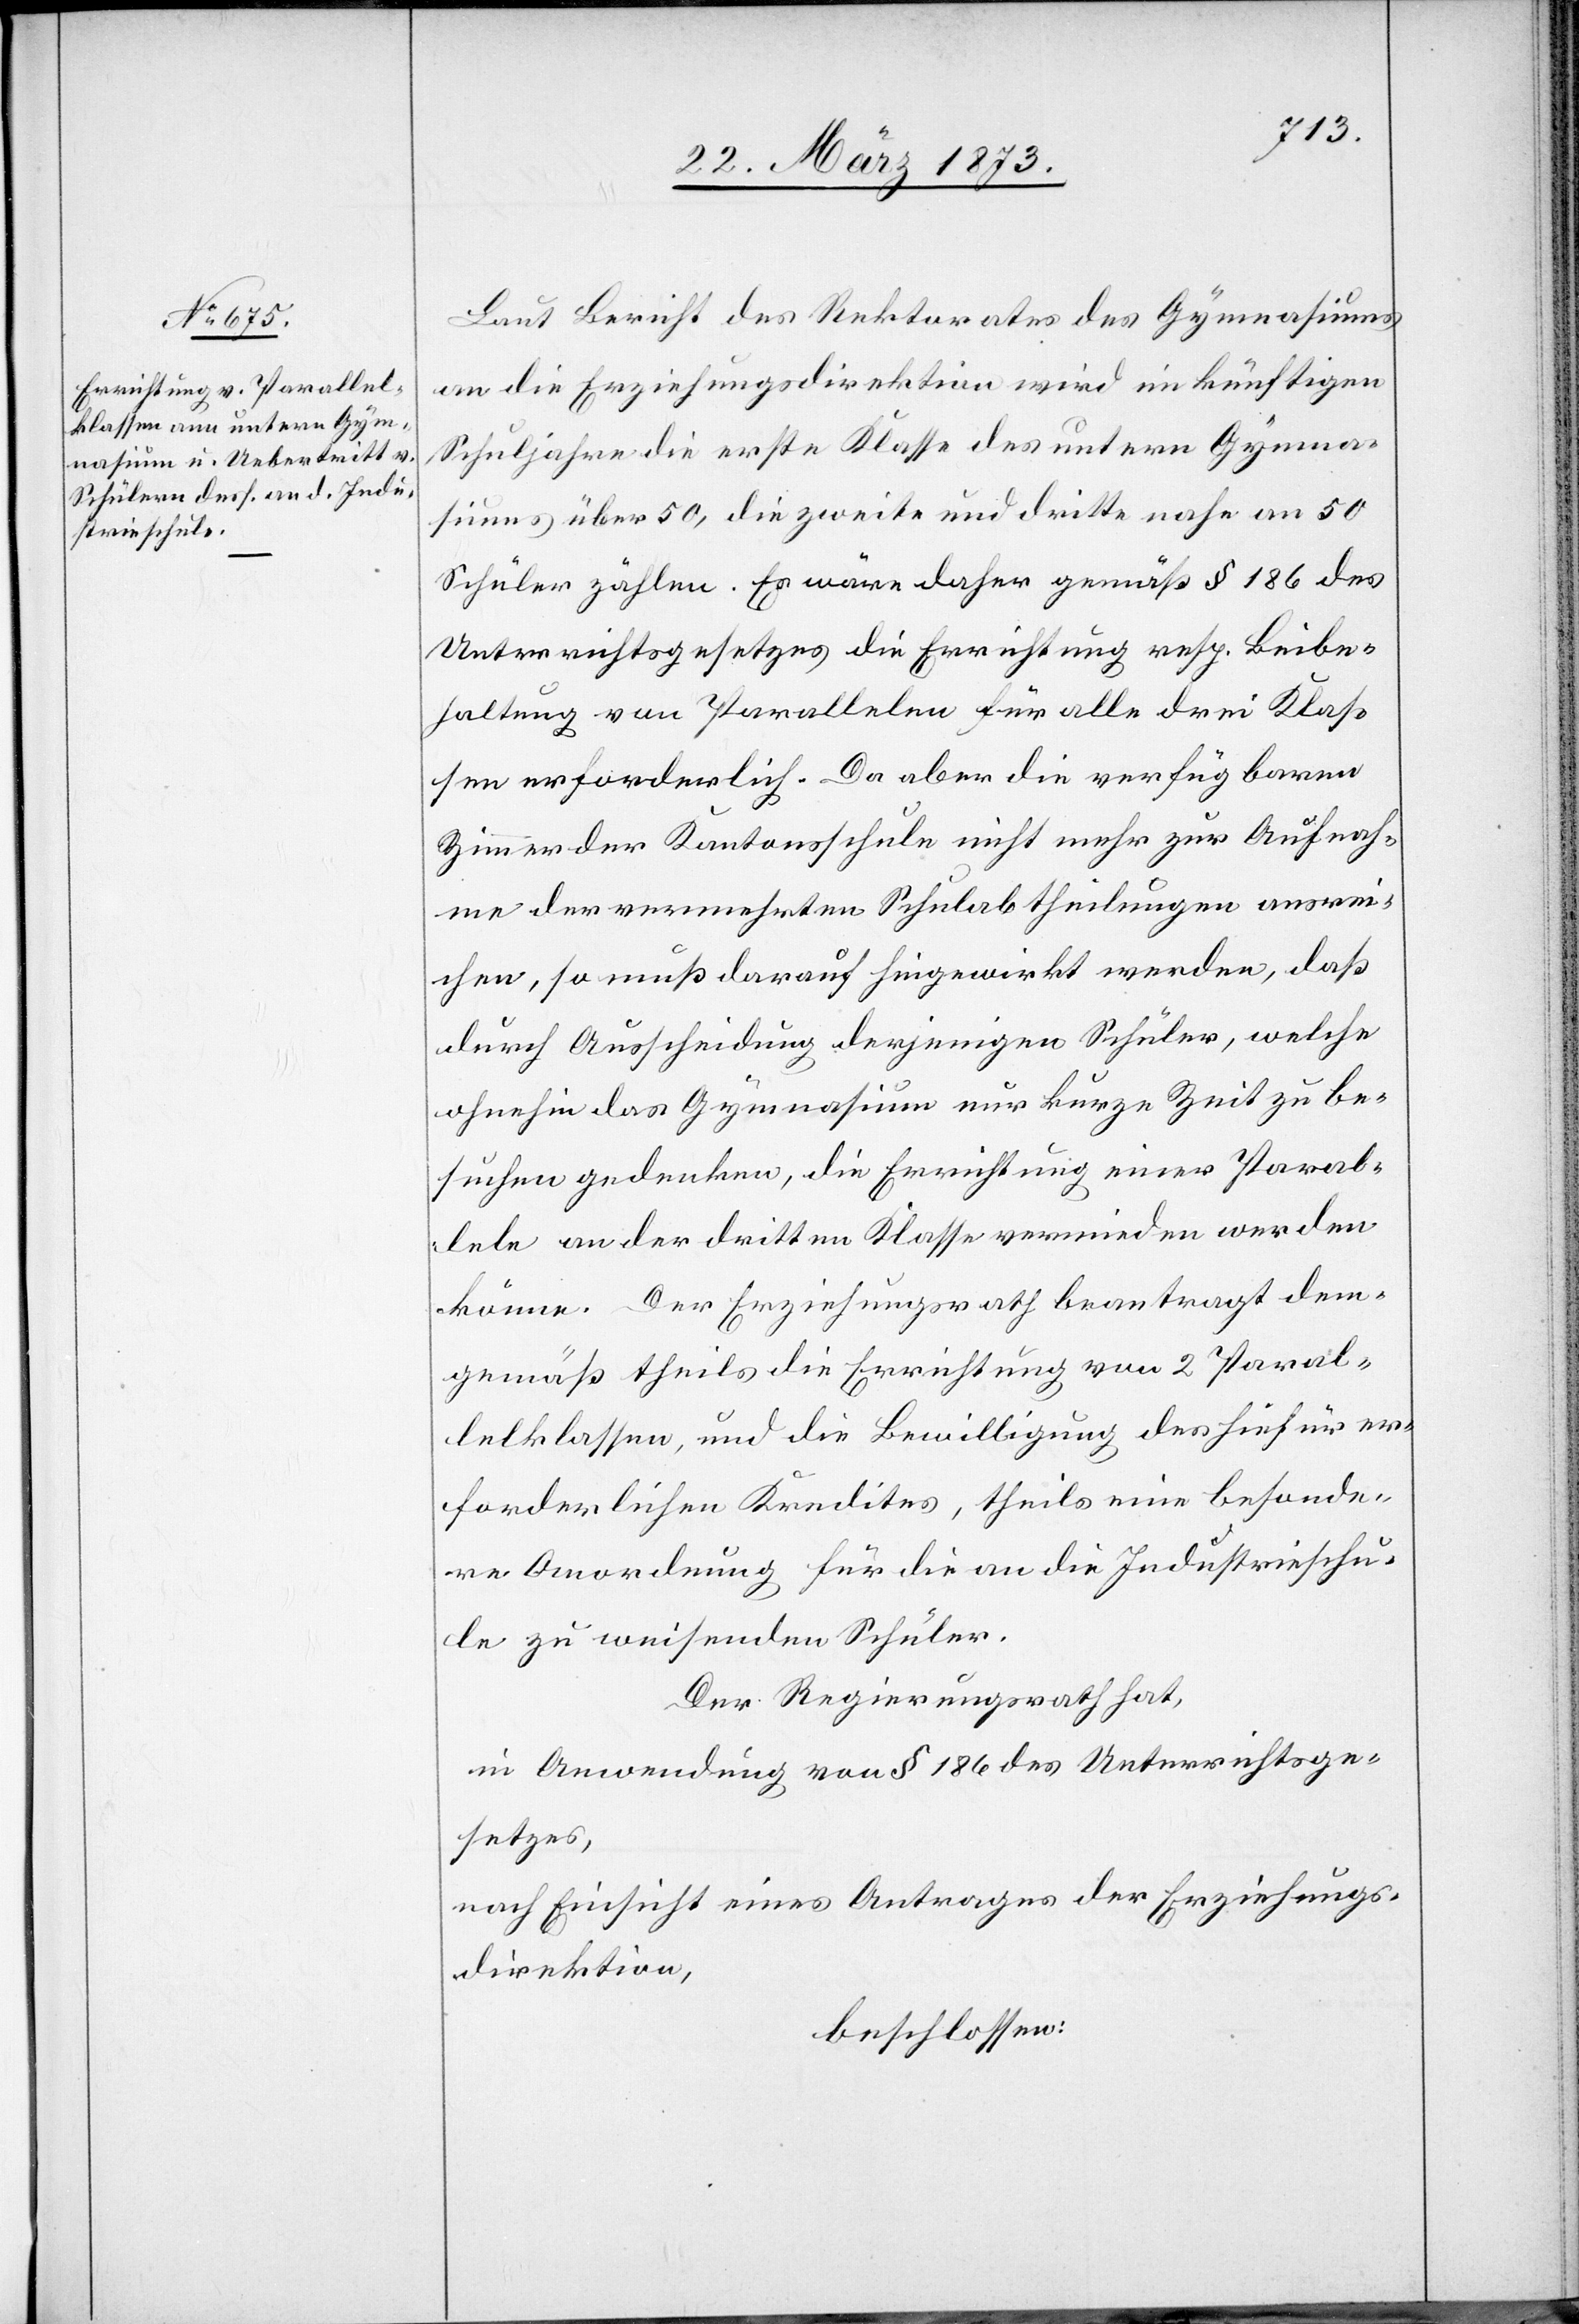
Laut Bericht des Rektorates des Gymnasiums
an die Erziehungsdirektion wird im künftigen
Schuljahre die erste Klasse des untern Gymna¬
siums über 50, die zweite und dritte nahe an 50
Schüler zählen. Es wäre daher gemäß § 186 des
Unterrichtsgesetzes die Errichtung resp. Beibe¬
haltung von Parallelen für alle drei Klas¬
sen erforderlich. Da aber die verfügbaren
Zimmer der Kantonsschule nicht mehr zur Aufnah¬
me der vermehrten Schulabtheilungen ausrei¬
chen, so muß darauf hingewirkt werden, daß
durch Ausscheidung derjenigen Schüler, welche
ohnehin das Gymnasium nur kurze zeit zu be¬
suchen gedenken, die Errichtung einer Paral¬
lele an der dritten Klasse vermieden werden
könne. Der Erziehungsrath beantragt dem¬
gemäß theils die Errichtung von 2 Paral¬
lelklassen, und die Bewilligung des hiefür er¬
forderlichen Kredites, theils eine besonde¬
re Anordnung für die an die Industrieschu¬
le zu weisenden Schüler.
Der Regierungsrath hat,
in Anwendung von § 186 des Unterrichtsge¬
setzes,
nach Einsicht eines Antrages der Erziehungs¬
direktion,
beschlossen: